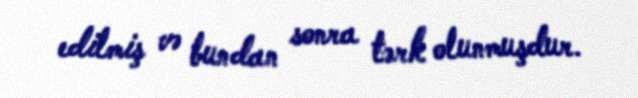
edilmiş və bundan sonra tərk olunmuşdur.